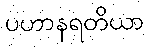
ပဟာနရတိယာ